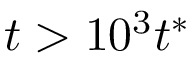
t > 1 0 ^ { 3 } t ^ { * }